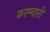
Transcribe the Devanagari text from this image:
करम्चारी